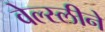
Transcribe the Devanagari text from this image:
वेल्स्लीने